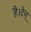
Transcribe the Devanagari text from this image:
हैं।देचू